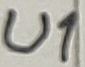
Text: U1